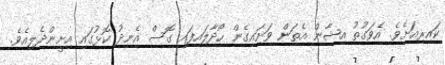
ކައިރިއަށެވެ. އެވަގުތު އިޝާން އެތަން ވަށައިގެން ހޯދާލައިފައި ގޮސް އެނދު ކޮޅުގައި އިށީންދެލިއެވެ.